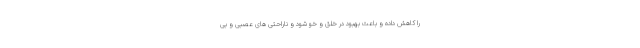
را کاهش داده و باعث بهبود در خلق و خو شود و ناراحتی های عصبی و بی